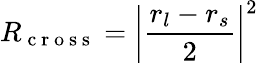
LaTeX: R_{\mathrm{~c~r~o~s~s~}}=\left|\frac{r_{l}-r_{s}}{2}\right|^{2}